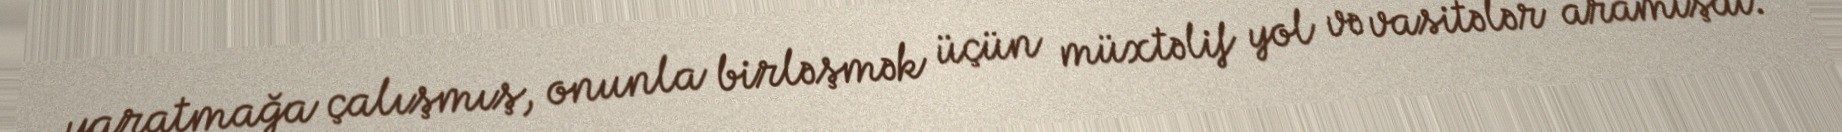
yaratmağa çalışmış, onunla birləşmək üçün müxtəlif yol və vasitələr aramışdı.